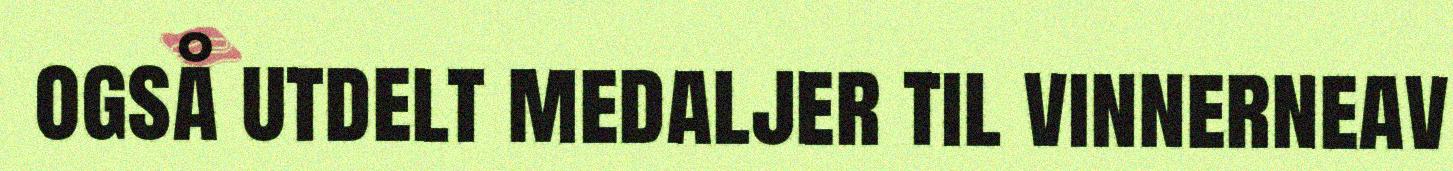
også utdelt medaljer til vinnerneav